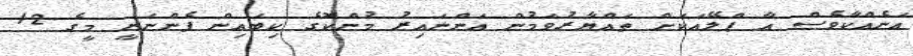
އަނެއްކާވެސް އާ ޕްލޭއަކަށް ތައްޔާރުވަމުން އަންނައިރު މުންކޮގެ ކިބައިން ފެންނަނީ މީގެ 12